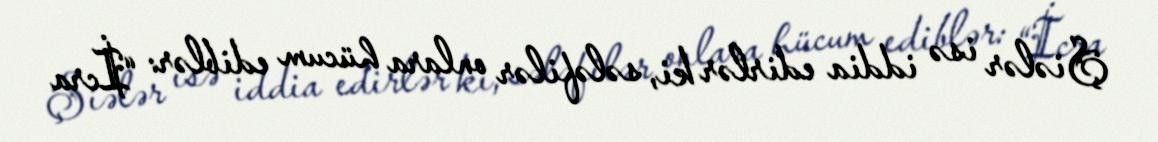
Şiələr isə iddia edirlər ki, sələfilər onlara hücum ediblər: “İcra